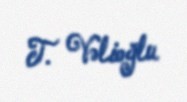
T. Vəlioğlu